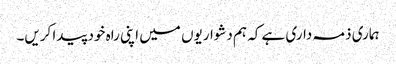
ہماری ذمہ داری ہے کہ ہم دشواریوں میں اپنی راہ خود پیدا کریں۔